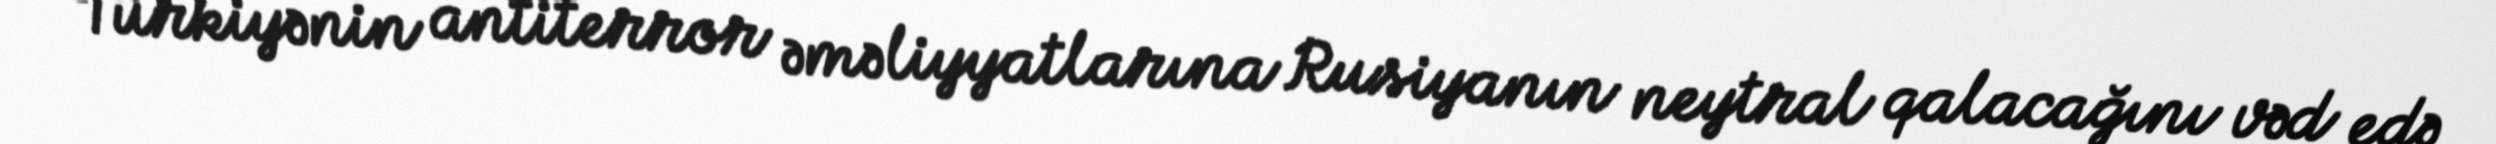
Türkiyənin antiterror əməliyyatlarına Rusiyanın neytral qalacağını vəd edə